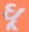
ઘૂ